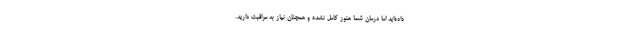
داده‌اید اما درمان شما هنوز کامل نشده و همچنان نیاز به مراقبت دارید.